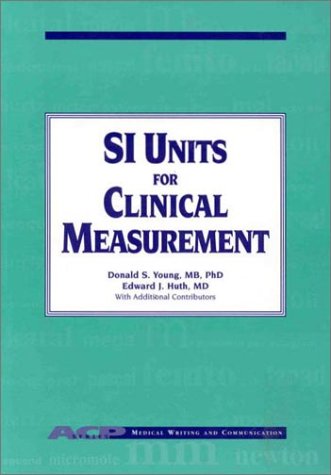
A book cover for SI Units for Clinical Measurement; Science & Math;